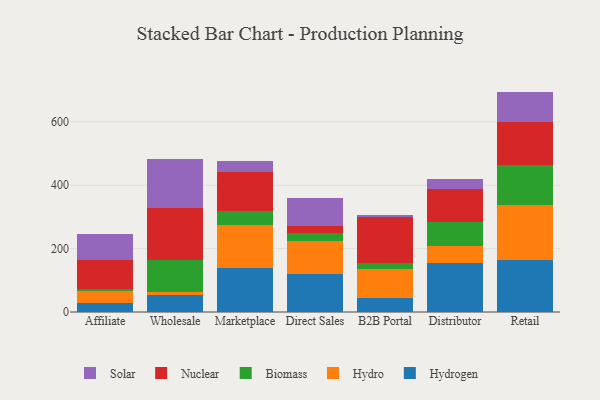
{"axis": {"x": "Channel", "y": "LTV (USD)"}, "legend": ["Biomass", "Hydro", "Hydrogen", "Nuclear", "Solar"], "data": [{"x": "Affiliate", "y": 27.3, "type": "Hydrogen"}, {"x": "Affiliate", "y": 40.0, "type": "Hydro"}, {"x": "Affiliate", "y": 6.5, "type": "Biomass"}, {"x": "Affiliate", "y": 91.2, "type": "Nuclear"}, {"x": "Affiliate", "y": 80.4, "type": "Solar"}, {"x": "Wholesale", "y": 53.1, "type": "Hydrogen"}, {"x": "Wholesale", "y": 8.6, "type": "Hydro"}, {"x": "Wholesale", "y": 102.2, "type": "Biomass"}, {"x": "Wholesale", "y": 162.8, "type": "Nuclear"}, {"x": "Wholesale", "y": 155.5, "type": "Solar"}, {"x": "Marketplace", "y": 138.1, "type": "Hydrogen"}, {"x": "Marketplace", "y": 137.8, "type": "Hydro"}, {"x": "Marketplace", "y": 43.0, "type": "Biomass"}, {"x": "Marketplace", "y": 123.7, "type": "Nuclear"}, {"x": "Marketplace", "y": 33.5, "type": "Solar"}, {"x": "Direct Sales", "y": 120.3, "type": "Hydrogen"}, {"x": "Direct Sales", "y": 103.9, "type": "Hydro"}, {"x": "Direct Sales", "y": 26.0, "type": "Biomass"}, {"x": "Direct Sales", "y": 21.6, "type": "Nuclear"}, {"x": "Direct Sales", "y": 86.3, "type": "Solar"}, {"x": "B2B Portal", "y": 44.5, "type": "Hydrogen"}, {"x": "B2B Portal", "y": 91.3, "type": "Hydro"}, {"x": "B2B Portal", "y": 20.2, "type": "Biomass"}, {"x": "B2B Portal", "y": 144.2, "type": "Nuclear"}, {"x": "B2B Portal", "y": 5.3, "type": "Solar"}, {"x": "Distributor", "y": 155.9, "type": "Hydrogen"}, {"x": "Distributor", "y": 52.9, "type": "Hydro"}, {"x": "Distributor", "y": 75.9, "type": "Biomass"}, {"x": "Distributor", "y": 103.1, "type": "Nuclear"}, {"x": "Distributor", "y": 32.2, "type": "Solar"}, {"x": "Retail", "y": 164.1, "type": "Hydrogen"}, {"x": "Retail", "y": 172.3, "type": "Hydro"}, {"x": "Retail", "y": 126.0, "type": "Biomass"}, {"x": "Retail", "y": 137.4, "type": "Nuclear"}, {"x": "Retail", "y": 95.5, "type": "Solar"}]}